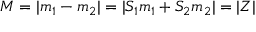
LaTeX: M = | m _ { 1 } - m _ { 2 } | = | S _ { 1 } m _ { 1 } + S _ { 2 } m _ { 2 } | = | Z |